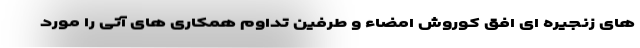
های زنجیره ای افق کوروش امضاء و طرفین تداوم همکاری های آتی را مورد